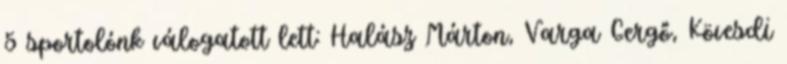
5 sportolónk válogatott lett: Halász Márton, Varga Gergő, Kövesdi